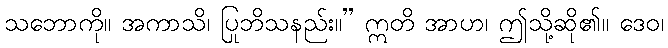
သဘောကို။ အကာသိ၊ ပြုဘိသနည်း။” ဣတိ အာဟ၊ ဤသို့ဆို၏။ ဒေဝ၊